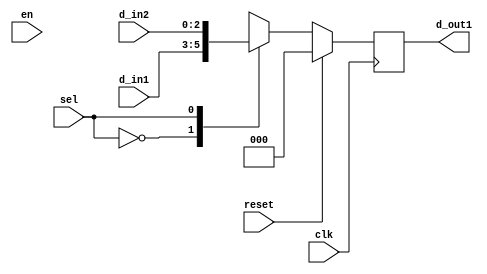
// Code your design here
//Code your design here
module example (
  input clk,
  input reset,
  input [2:0] d_in1,
  input [2:0] d_in2,
  input en,sel,
  output reg [2:0] d_out1
  );
  reg [2:0] x;
  always @(*)
    begin
      case(sel)
        1'b0 : x = d_in1;
        1'b1 : x = d_in2;
      endcase
    end
  always @(posedge clk)
    begin 
    if(reset)
      d_out1 <= 0 ;
    else if(en)
      d_out1 <= x ;
    else
      d_out1 <= x ;  
  end
endmodule